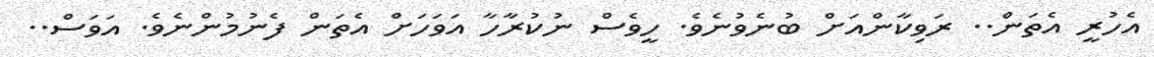
އެހުރީ އެތަން.. ރަވިކާންއަށް ބުނެވުނެވެ. ހީވެސް ނުކުރާހާ އަވަހަށް އެތަން ފެނުމުންނެވެ. އަވަސް..